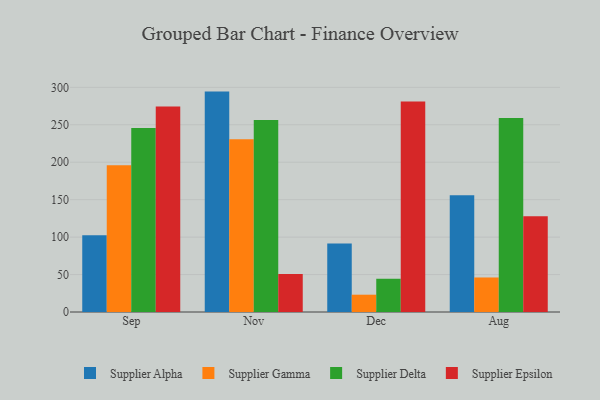
{"axis": {"x": "Month", "y": "Bounce Rate (%)"}, "legend": ["Supplier Alpha", "Supplier Delta", "Supplier Epsilon", "Supplier Gamma"], "data": [{"x": "Sep", "y": 102.5, "type": "Supplier Alpha"}, {"x": "Sep", "y": 196.1, "type": "Supplier Gamma"}, {"x": "Sep", "y": 245.6, "type": "Supplier Delta"}, {"x": "Sep", "y": 274.4, "type": "Supplier Epsilon"}, {"x": "Nov", "y": 294.3, "type": "Supplier Alpha"}, {"x": "Nov", "y": 230.7, "type": "Supplier Gamma"}, {"x": "Nov", "y": 256.3, "type": "Supplier Delta"}, {"x": "Nov", "y": 50.7, "type": "Supplier Epsilon"}, {"x": "Dec", "y": 91.4, "type": "Supplier Alpha"}, {"x": "Dec", "y": 23.1, "type": "Supplier Gamma"}, {"x": "Dec", "y": 44.4, "type": "Supplier Delta"}, {"x": "Dec", "y": 281.2, "type": "Supplier Epsilon"}, {"x": "Aug", "y": 155.8, "type": "Supplier Alpha"}, {"x": "Aug", "y": 46.1, "type": "Supplier Gamma"}, {"x": "Aug", "y": 259.1, "type": "Supplier Delta"}, {"x": "Aug", "y": 127.7, "type": "Supplier Epsilon"}]}